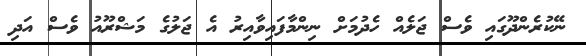
ނޭކުރެންދޫގައި ވެސް ޖަލެއް ހެދުމަށް ނިންމާފައިވާއިރު އެ ޖަލުގެ މަޝްރޫއު ވެސް އަދި